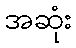
အဆုံး